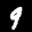
Label: 9